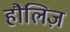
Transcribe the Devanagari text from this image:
हौलिज़